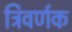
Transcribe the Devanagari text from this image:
त्रिवर्णक